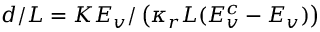
d / L = K E _ { v } / \left( \kappa _ { r } L ( E _ { v } ^ { c } - E _ { v } ) \right)